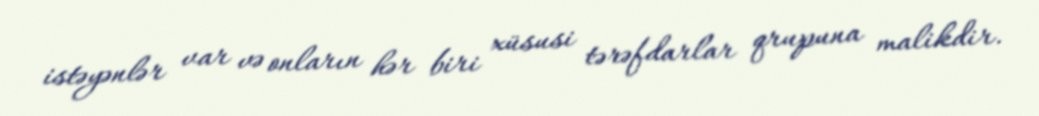
istəyənlər var və onların hər biri xüsusi tərəfdarlar qrupuna malikdir.